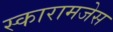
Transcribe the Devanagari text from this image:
स्कारामजेस